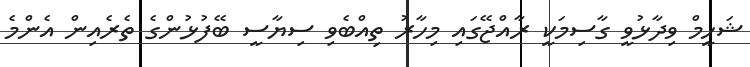
ޝަހީމް ވިދާޅުވީ ގާސިމަކީ ރާއްޖޭގައި މިހާރު ތިއްބެވި ސިޔާސީ ބޭފުޅުންގެ ތެރެއިން އެންމެ